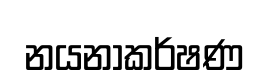
නයනාකර්ෂණ